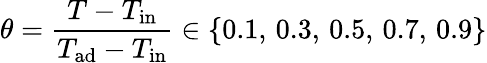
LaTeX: \theta=\frac{T-T_{\mathrm{in}}}{T_{\mathrm{ad}}-T_{\mathrm{in}}}\in\{ 0.1,\, 0.3,\, 0.5,\, 0.7,\, 0.9\}